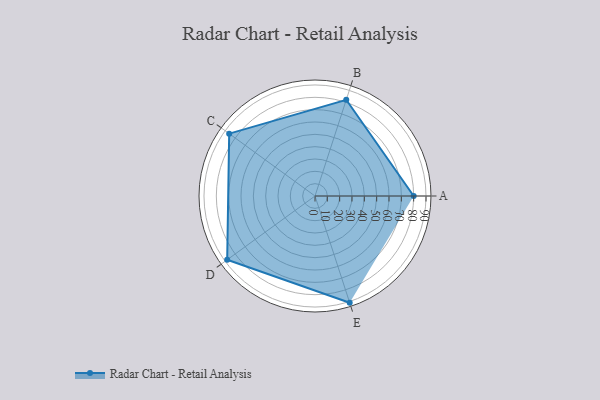
{"axis": {"x": "Skill", "y": "Score"}, "legend": ["Profile"], "data": [{"x": "A", "y": 80.0, "type": "Profile"}, {"x": "B", "y": 82.0, "type": "Profile"}, {"x": "C", "y": 86.0, "type": "Profile"}, {"x": "D", "y": 88.0, "type": "Profile"}, {"x": "E", "y": 91.0, "type": "Profile"}]}